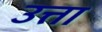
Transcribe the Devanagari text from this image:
उत्ता